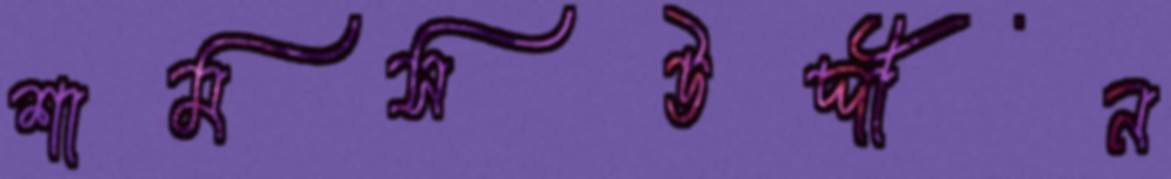
শামসউদ্দীন